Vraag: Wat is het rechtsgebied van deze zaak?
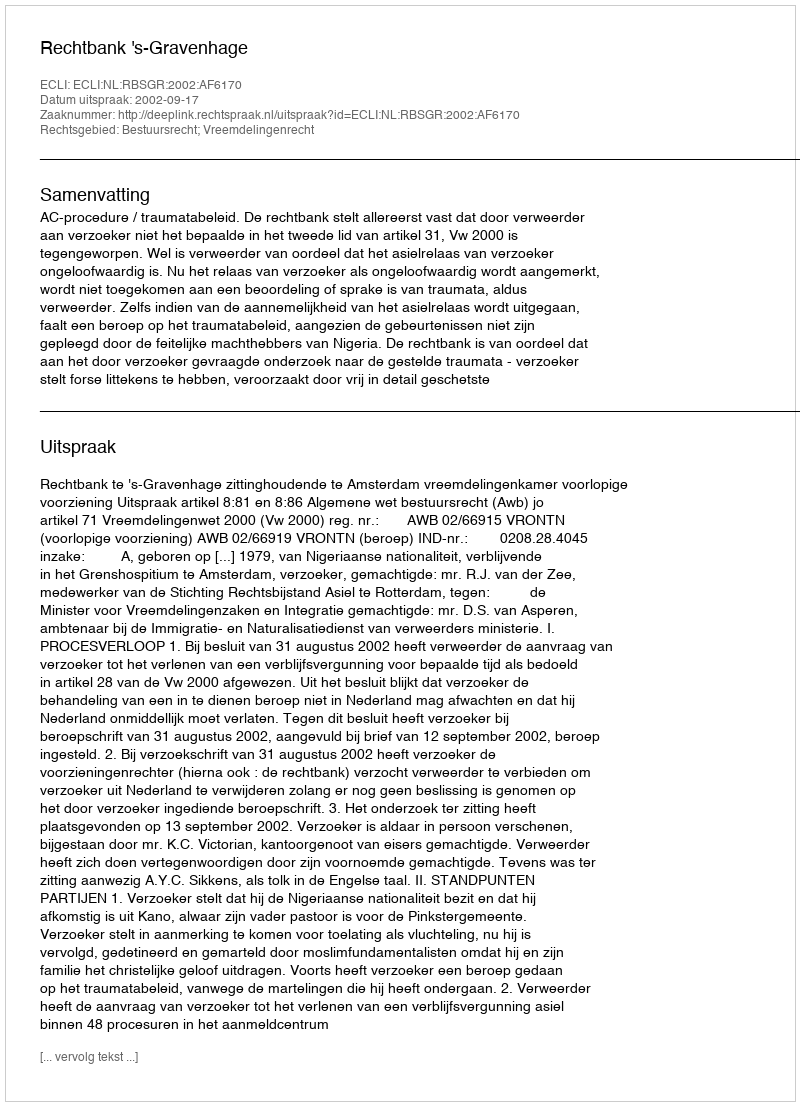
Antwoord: Bestuursrecht; Vreemdelingenrecht